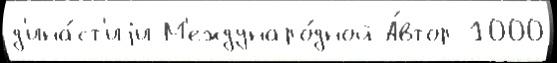
д'ина́ст'иjи М'еждунаро́дной А́втор 1000